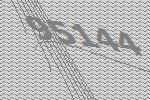
95144